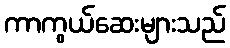
ကာကွယ်ဆေးများသည်